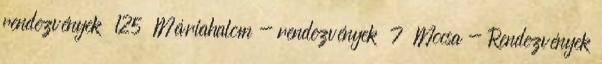
rendezvények 125 Máriahalom - rendezvények 7 Mocsa - Rendezvények